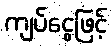
ကျပ်ငွေဖြင့်